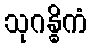
သုဂန္ဓိကံ